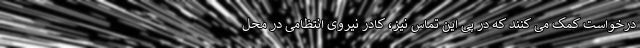
درخواست کمک می کنند که در پی این تماس نیز، کادر نیروی انتظامی در محل